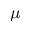
\mu